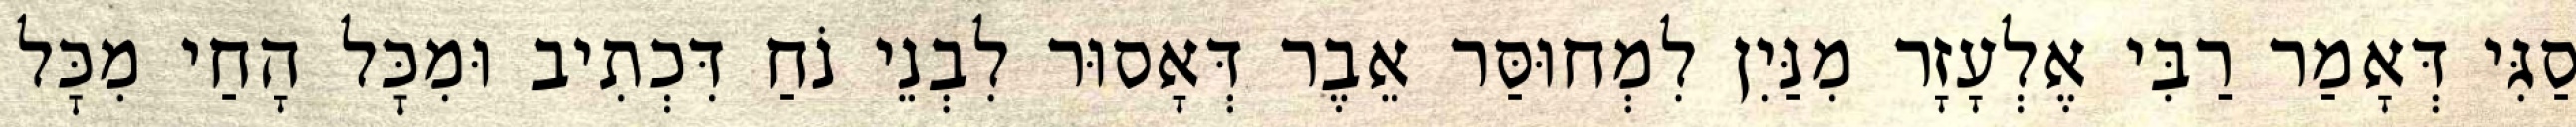
סַגִּי דְּאָמַר רַבִּי אֶלְעָזָר מִנַּיִן לִמְחוּסַּר אֵבֶר דְּאָסוּר לִבְנֵי נֹחַ דִּכְתִיב וּמִכׇּל הָחַי מִכׇּל